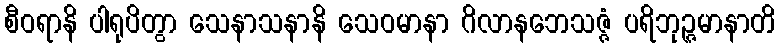
စီဝရာနိ ပါရုပိတွာ သေနာသနာနိ သေဝမာနာ ဂိလာနဘေသဇ္ဇံ ပရိဘုဉ္ဇမာနာတိ